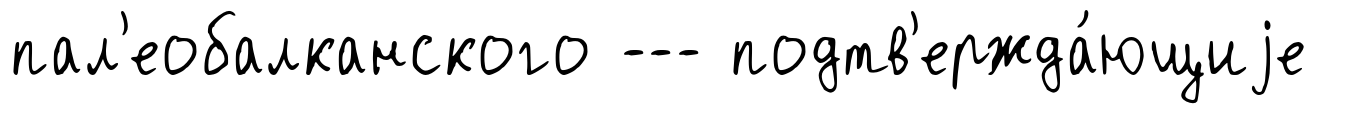
пал'еобалканского --- подтв'ержда́ющиjе